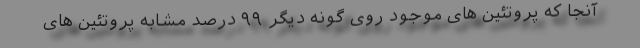
آنجا که پروتئین های موجود روی گونه دیگر ۹۹ درصد مشابه پروتئین های